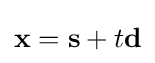
\mathbf {x} =\mathbf {s} +t\mathbf {d}